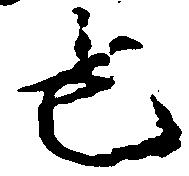
也